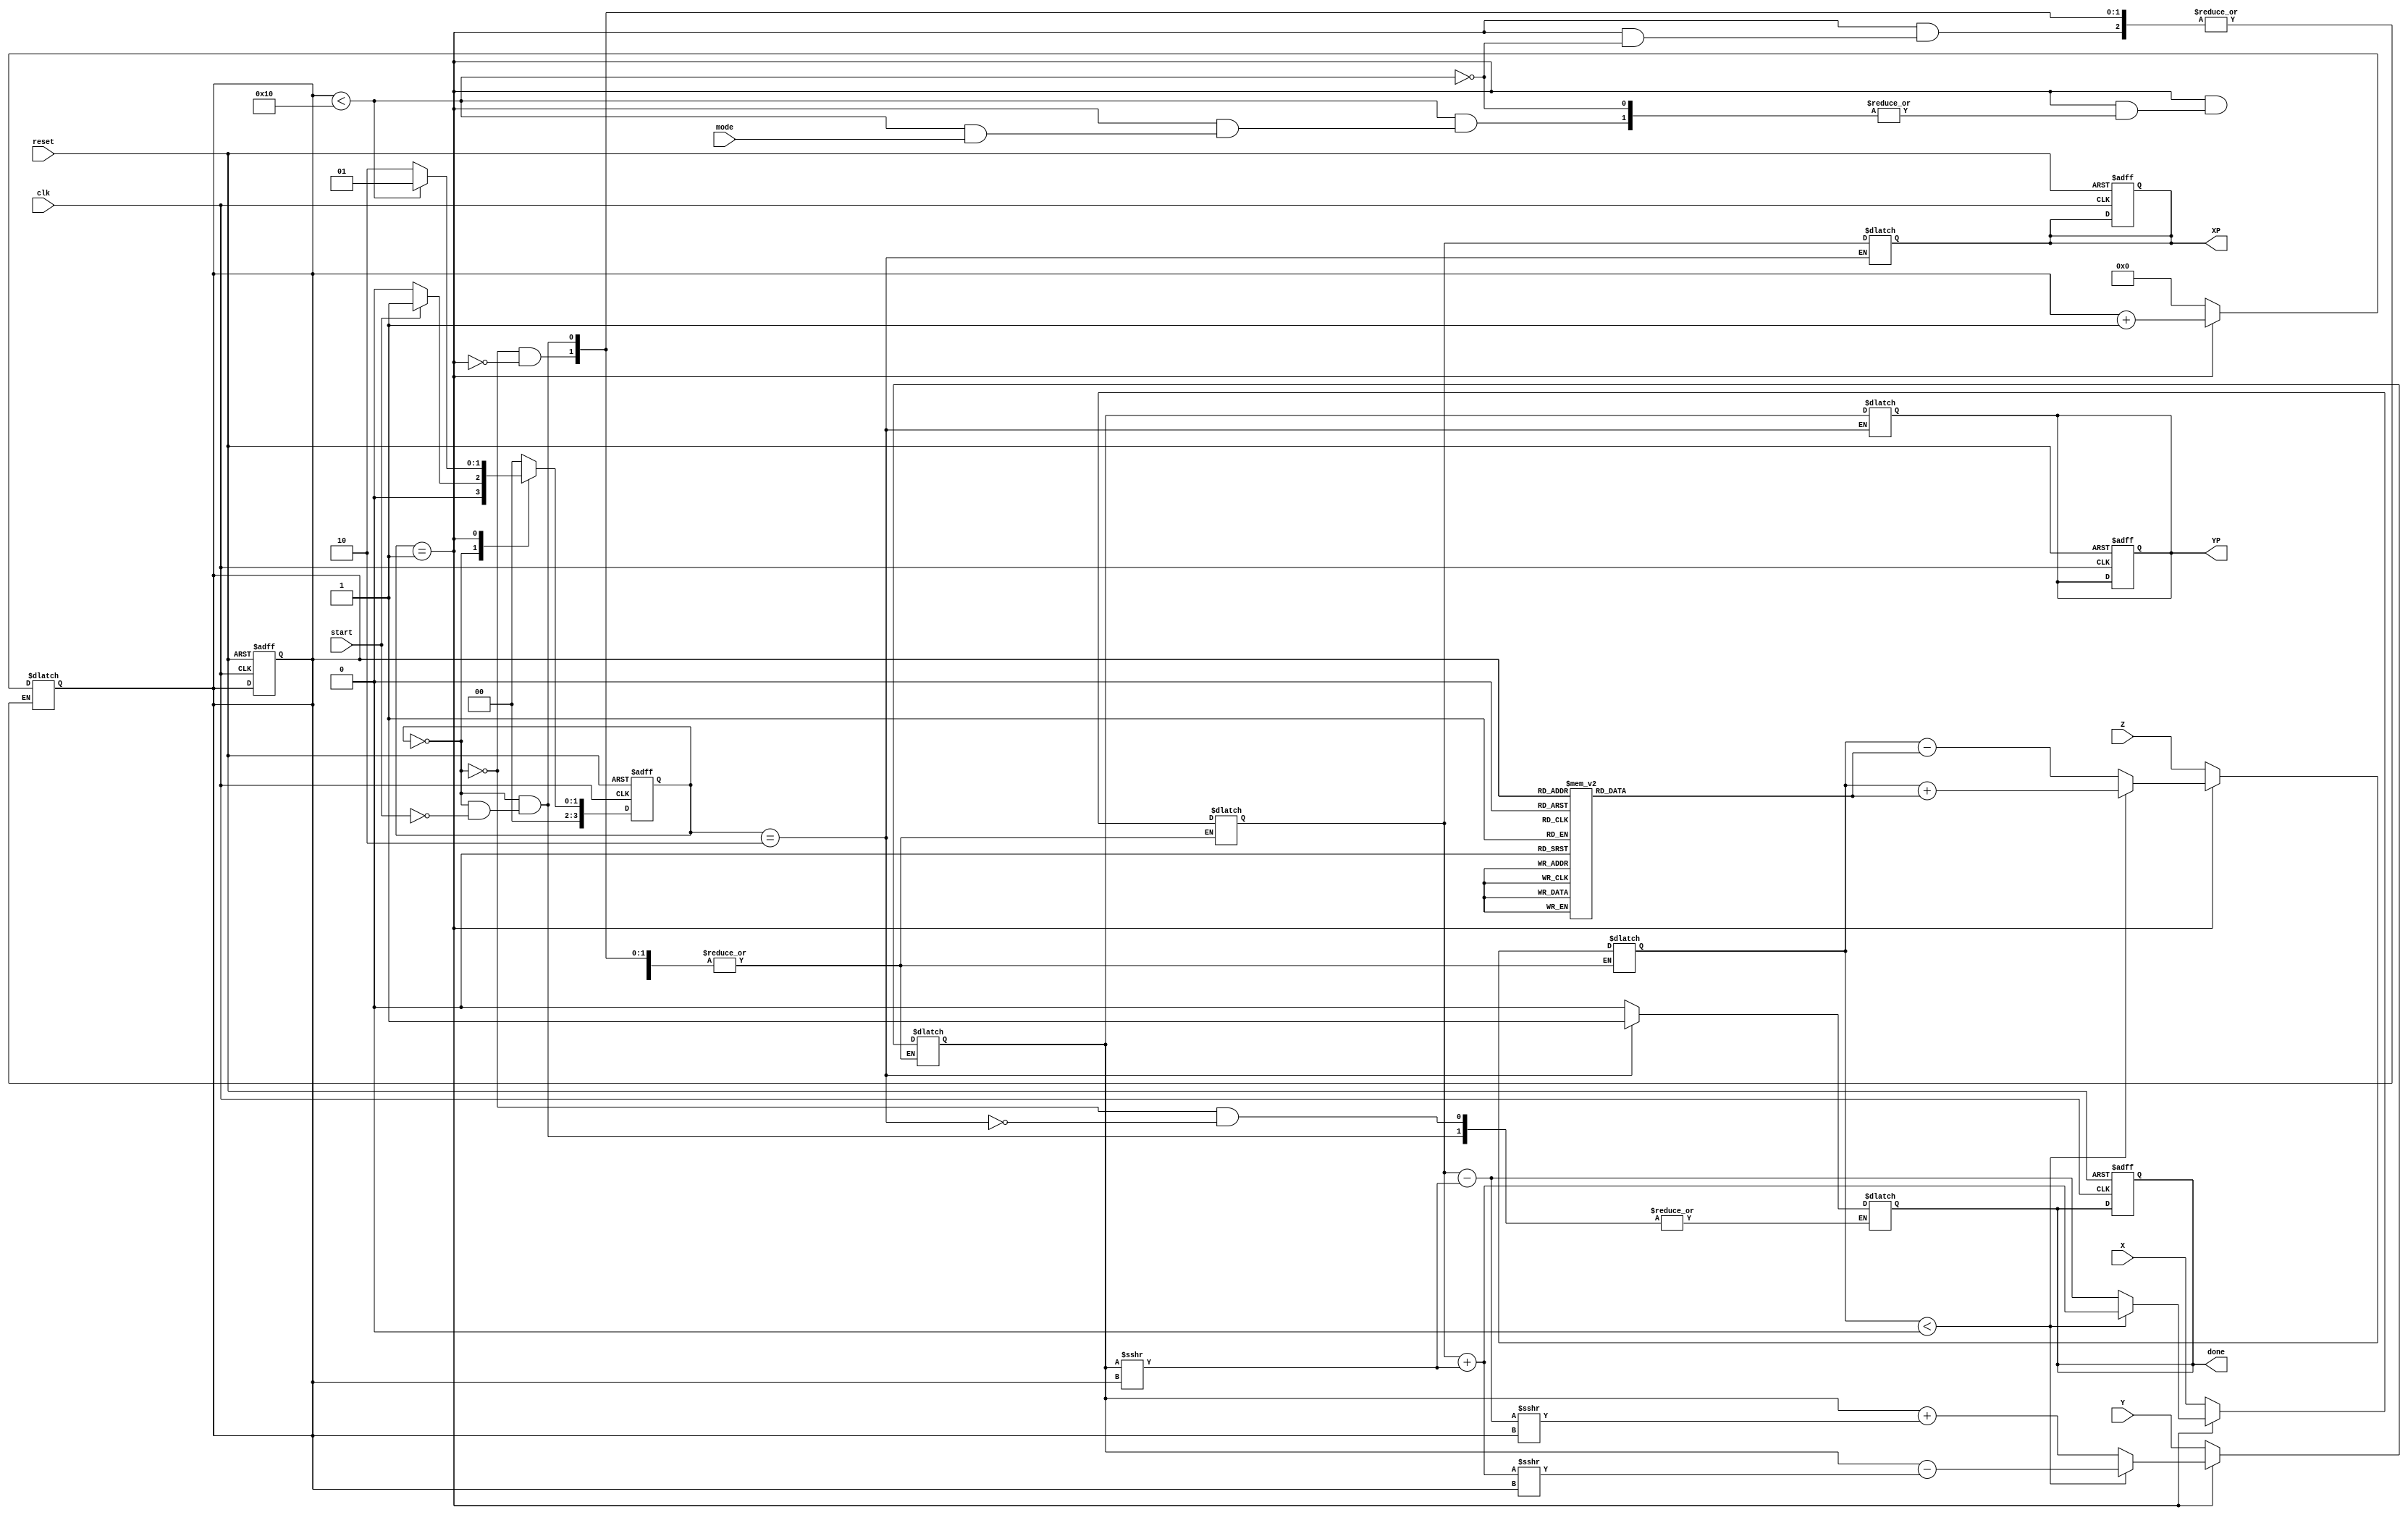
module hyperbolic_cordic (
    input wire clk,
    input wire reset,
    input wire start,
    input wire mode, // 0 for sinh/cosh, 1 for sinh/cosh
    input wire signed [15:0] X, // Fixed-point representation of x-coordinate
    input wire signed [15:0] Y, // Fixed-point representation of y-coordinate
    input wire signed [15:0] Z, // Fixed-point representation of angle
    output reg signed [15:0] XP, // Resultant x-coordinate
    output reg signed [15:0] YP, // Resultant y-coordinate
    output reg done // Completion flag
);

    // Parameters
    parameter NUM_ITERATIONS = 16; // Number of iterations for CORDIC
    parameter FIXED_POINT_WIDTH = 16; // Bit width for fixed-point representation

    // Internal signals
    reg signed [FIXED_POINT_WIDTH-1:0] x_reg, y_reg, z_reg;
    reg [3:0] state, next_state;
    reg [3:0] iteration_count;
    reg signed [FIXED_POINT_WIDTH-1:0] atanhlut [0:NUM_ITERATIONS-1]; // LUT for atanh(1/(2^i))

    // Initialize LUT for hyperbolic angles
    initial begin
        // Populate the LUT with precomputed values for atanh(1/(2^i))
        atanhlut[0] = 16'h0000; // atanh(1) = 0
        atanhlut[1] = 16'h1C71; // atanh(1/2) = 0.5493
        atanhlut[2] = 16'h0D9A; // atanh(1/4) = 0.2449
        // Continue filling the LUT for other values...
    end

    // State encoding
    localparam IDLE = 0, COMPUTE = 1, DONE = 2;

    // State machine for control logic
    always @(posedge clk or posedge reset) begin
        if (reset) begin
            state <= IDLE;
            done <= 0;
            iteration_count <= 0;
            XP <= 0;
            YP <= 0;
        end else begin
            state <= next_state;
        end
    end

    // Next state logic
    always @(*) begin
        case (state)
            IDLE: begin
                if (start) begin
                    next_state = COMPUTE;
                    x_reg = X;
                    y_reg = Y;
                    z_reg = Z;
                    iteration_count = 0;
                    done = 0;
                end else begin
                    next_state = IDLE;
                end
            end
            COMPUTE: begin
                if (iteration_count < NUM_ITERATIONS) begin
                    // Perform CORDIC rotation
                    if (mode == 0) begin // sinh/cosh
                        if (z_reg < 0) begin
                            x_reg = x_reg + (y_reg >>> iteration_count);
                            y_reg = y_reg - (x_reg >>> iteration_count);
                            z_reg = z_reg + atanhlut[iteration_count];
                        end else begin
                            x_reg = x_reg - (y_reg >>> iteration_count);
                            y_reg = y_reg + (x_reg >>> iteration_count);
                            z_reg = z_reg - atanhlut[iteration_count];
                        end
                    end else begin // cosh/sinh
                        // Similar logic for cosh/sinh
                    end
                    iteration_count = iteration_count + 1;
                    next_state = COMPUTE;
                end else begin
                    next_state = DONE;
                end
            end
            DONE: begin
                XP = x_reg;
                YP = y_reg;
                done = 1;
                next_state = IDLE; // Go back to IDLE after done
            end
            default: next_state = IDLE;
        endcase
    end

endmodule